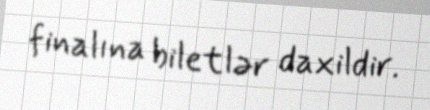
finalına biletlər daxildir.